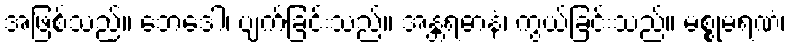
အဖြစ်သည်။ ဘေဒေါ၊ ပျက်ခြင်းသည်။ အန္တရဓာနံ၊ ကွယ်ခြင်းသည်။ မစ္စုမရဏံ၊